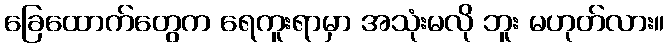
ခြေထောက်တွေက ရေကူးရာမှာ အသုံးမလို ဘူး မဟုတ်လား။